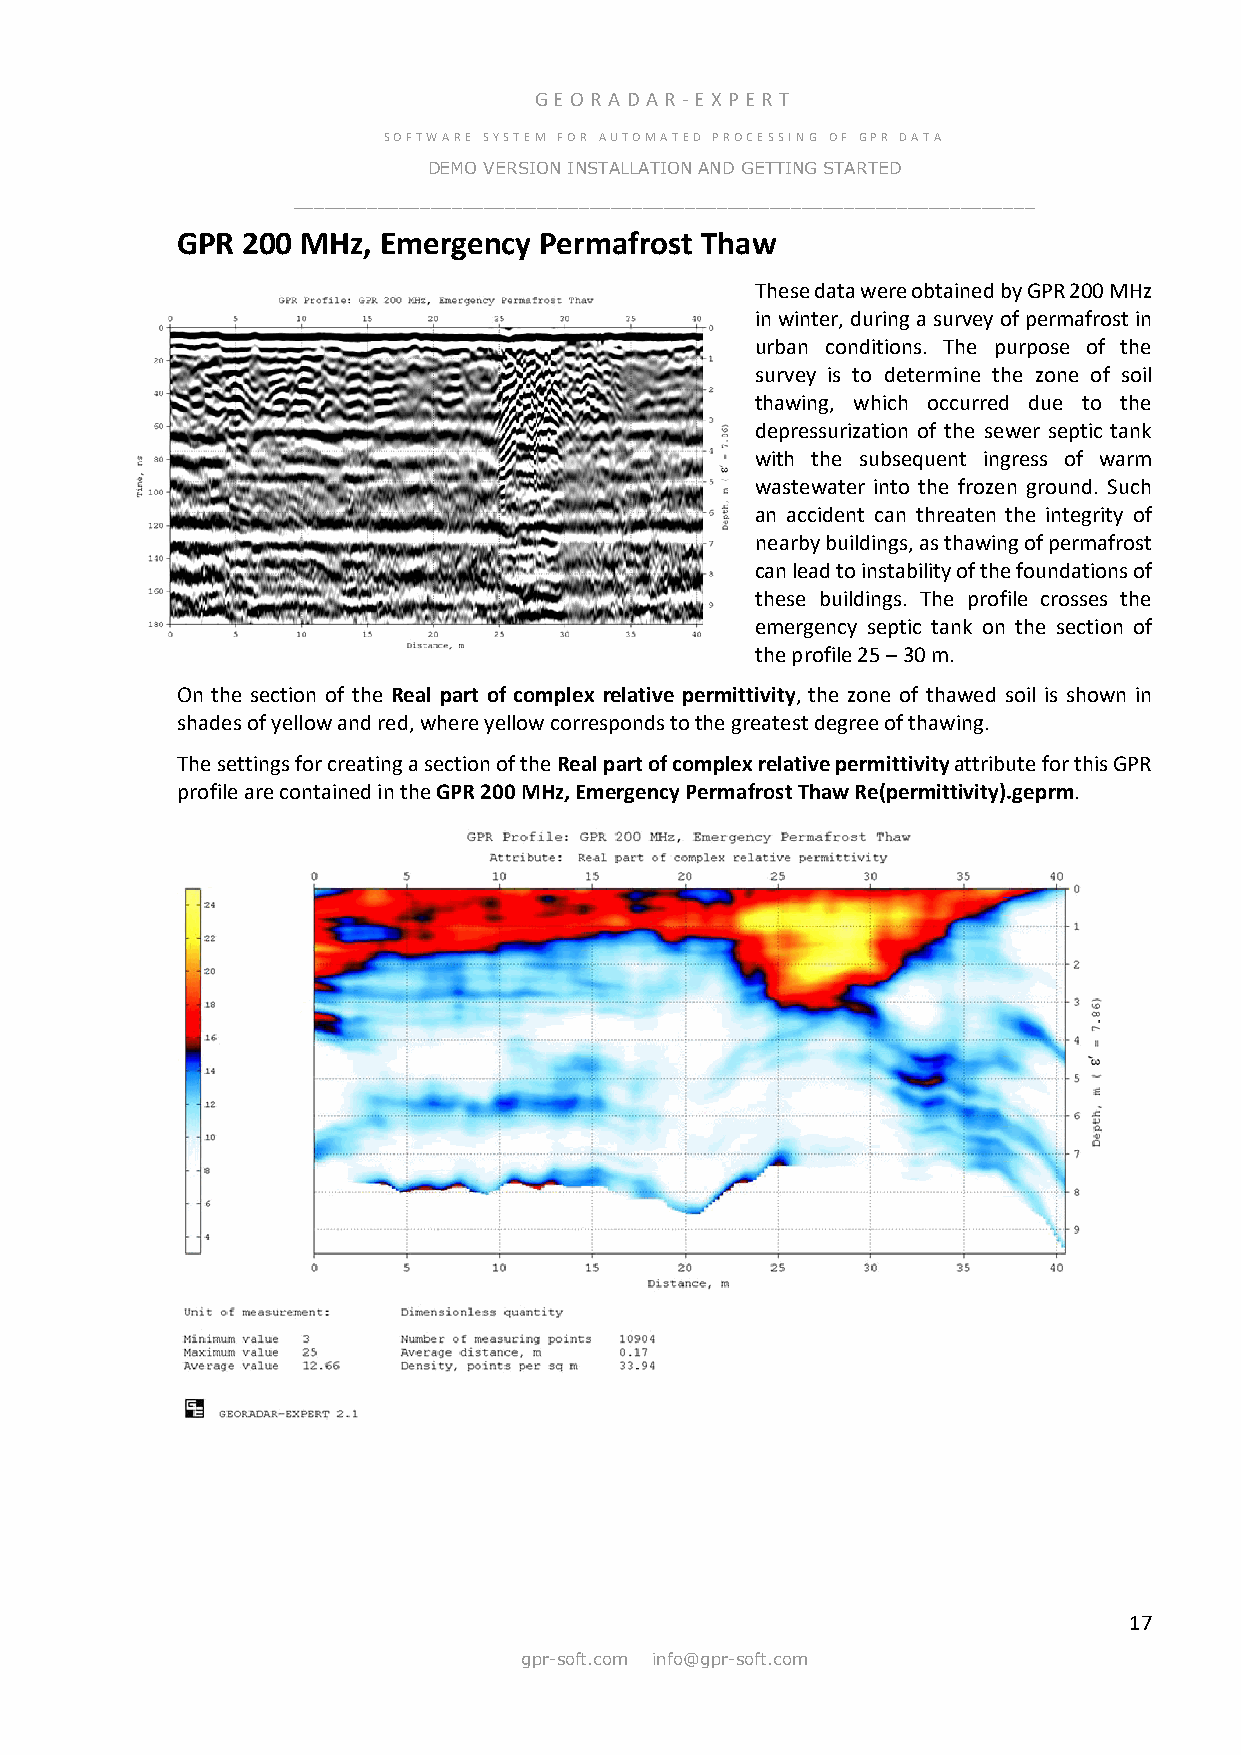
GE OR ADA R -E X PER T
 SOFTWARE SYSTEM FOR AUTOMATED PROCESSING OF GPR DATA
 DEMO VERSION INSTALLATION AND GETTING STARTED
 ______________________________________________________________________
 GPR 200 MHz, Emergency  Permafrost Thaw
 These data were obtained by GPR 200 MHz
 in winter, during a survey of permafrost in
 urban conditions. The purpose of the
 survey is to determine the zone of soil
 thawing, which occurred due to the
 depressurization of the sewer septic tank
 with the subsequent ingress of warm
 wastewater into the frozen ground. Such
 an accident can threaten the integrity of
 nearby buildings, as thawing of permafrost
 can lead to instability of the foundations of
 these buildings. The profile crosses the
 emergency septic tank on the section of
 the profile 25 – 30 m.
 On the section of the Real part of complex relative permittivity, the zone of thawed soil is shown in
 shades of yellow and red, where yellow corresponds to the greatest degree of thawing.
 The settings for creating a section of the Real part of complex relative permittivity attribute for this GPR
 profile are contained in the GPR 200 MHz, Emergency Permafrost Thaw Re(permittivity).geprm.
 17
 gpr-soft.com info@gpr-soft.com